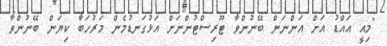
"މިއީ އައްޑު އަށް އަންނަން ބޭނުންވާ ޓޫރިސްޓުންނަށް އަޅުގަނޑުމެން މަރުހަބާ ކިޔަން ބޭނުންވާ